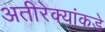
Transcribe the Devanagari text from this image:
अतीरेक्यांकडे